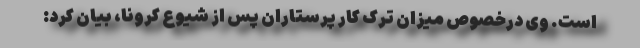
است. وی درخصوص میزان ترک کار پرستاران پس از شیوع کرونا، بیان کرد: